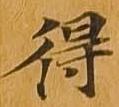
得